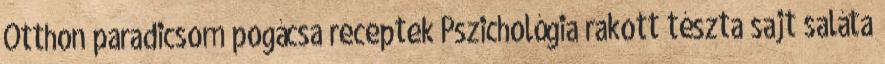
Otthon paradicsom pogácsa receptek Pszichológia rakott tészta sajt saláta